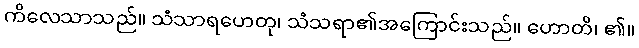
ကိလေသာသည်။ သံသာရဟေတု၊ သံသရာ၏အကြောင်းသည်။ ဟောတိ၊ ၏။